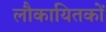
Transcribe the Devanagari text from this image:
लौकायितकों